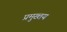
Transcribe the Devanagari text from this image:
प्रमुख्तय